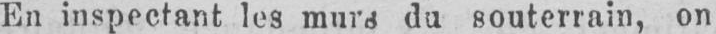
du souterrain, on